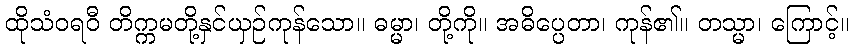
ထိုသံဝရဝီ တိက္ကမတို့နှင်ယှဉ်ကုန်သော။ ဓမ္မာ၊ တို့ကို။ အဓိပ္ပေတာ၊ ကုန်၏။ တသ္မာ၊ ကြောင့်။